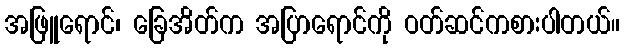
အဖြူရောင်၊ ခြေအိတ်က အပြာရောင်ကို ဝတ်ဆင်ကစားပါတယ်။